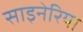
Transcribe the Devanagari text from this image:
साइनेरिया